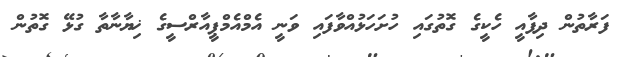
ފަރާތުން ދިފާއީ ހެކީގެ ގޮތުގައި ހުށަހަޅުއްވާފައި ވަނީ އެމްއެމްޕީއާރްސީގެ ޚިޔާނާތާ ގުޅޭ ގޮތުން